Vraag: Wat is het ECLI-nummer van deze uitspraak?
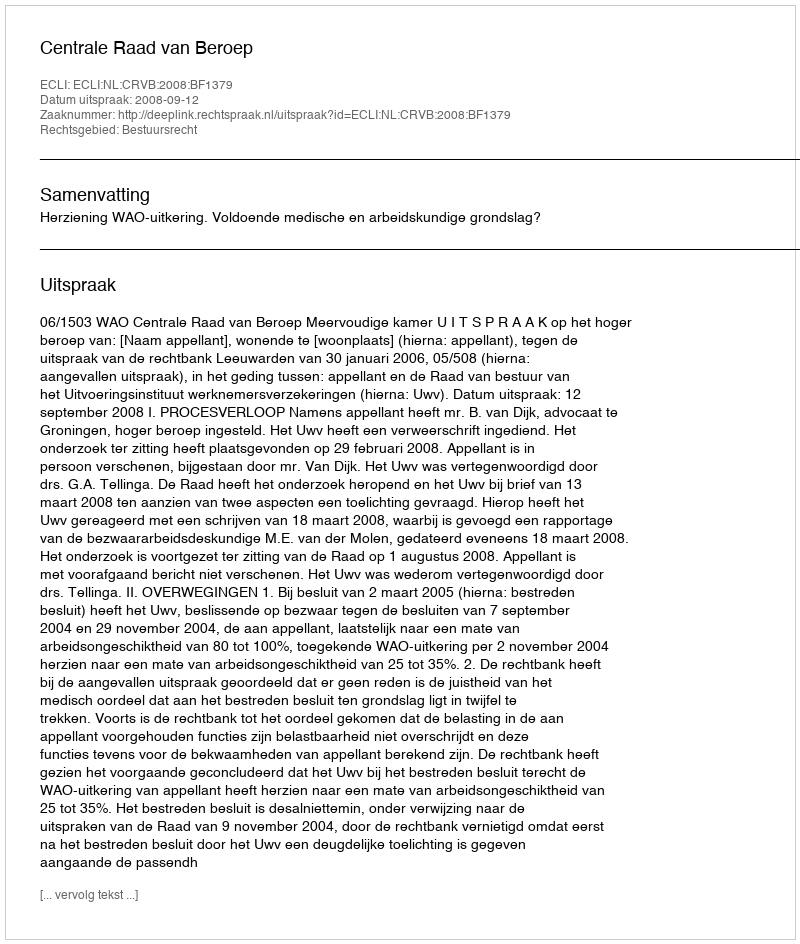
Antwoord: ECLI:NL:CRVB:2008:BF1379